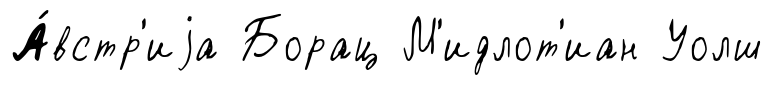
А́встр'иjа Борац М'идлот'иан Уолш